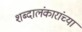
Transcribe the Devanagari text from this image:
शब्दालंकारांच्या